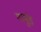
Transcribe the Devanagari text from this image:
गामुंड